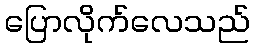
ပြောလိုက်လေသည်